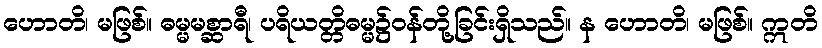
ဟောတိ၊ မဖြစ်။ ဓမ္မမစ္ဆာရီ၊ ပရိယတ္တိဓမ္မ၌ဝန်တို့ခြင်းရှိသည်။ န ဟောတိ၊ မဖြစ်။ ဣတိ